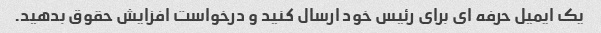
یک ایمیل حرفه ای برای رئیس خود ارسال کنید و درخواست افزایش حقوق بدهید.